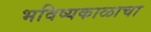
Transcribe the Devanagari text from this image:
भविष्यकाळाचा